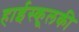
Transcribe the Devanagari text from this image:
हाईस्कूलकी